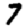
Digit: 7